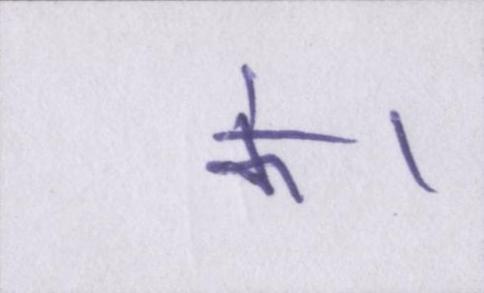
के।